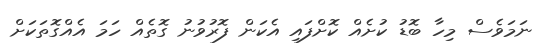
ނަމަވެސް މިހާ ބޮޑު ކުށެއް ކޮށްފައި އެކަން ފޮރުވުނު ގޮތެއް ހަމަ އެއްގޮތަކަށް